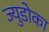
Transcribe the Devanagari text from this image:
ज्युडोका